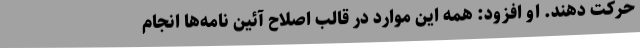
حرکت دهند. او افزود: همه این موارد در قالب اصلاح آئین نامه‌ها انجام